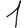
Digit: 1